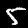
Label: 5